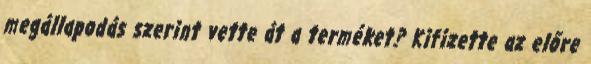
megállapodás szerint vette át a terméket? Kifizette az előre